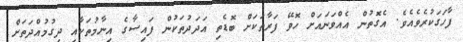
ފާހަގަކުރެވެއެވެ. އެގޮތުން އެއްވަނައަށް ހޮވޭ ފަރާތަކަށް ބޮޑެތި އަދަދުތަކުން ފައިސާގެ އިނާމުތަކާއި ދިގުމުއްދަތަށް